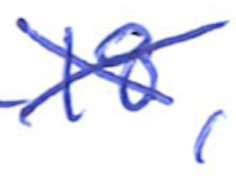
Text: 18,
Cross-out: cross
Writing tool: ballpoint